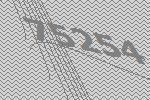
75254